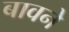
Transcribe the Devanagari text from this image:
बावने